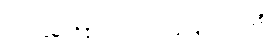
ဘယ်သူမှ ထိခိုက်ဒဏ်ရာမရဖို့မျှော်လင့်ကြစို့။